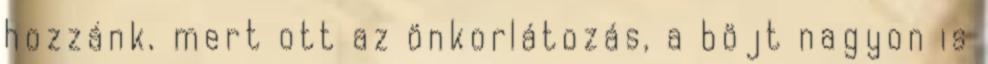
hozzánk, mert ott az önkorlátozás, a böjt nagyon is